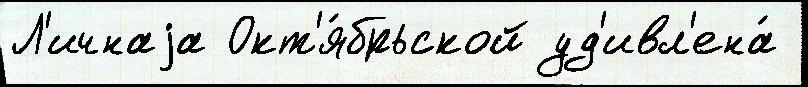
Л'ичнаjа Окт'я́брьской уд'ивл'ена́